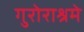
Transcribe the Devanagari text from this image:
गुरोराश्रमे